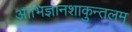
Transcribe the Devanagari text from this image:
आभिज्ञानशाकुन्तलम्